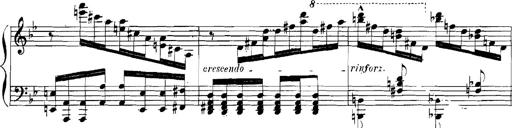
Title: Rhapsodies hongroises
Composer: Franz Liszt